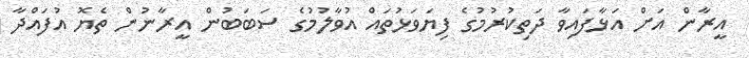
އީރާން އަށް އަޅާފައިވާ ދަތިކުރުމުގެ ފިޔަވަޅުތައް އުވާލުމުގެ ސަބަބުން އީރާނުން ތެޔޮ އުފައްދާ